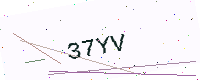
Text: 37YV